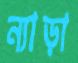
ন্যাড়া